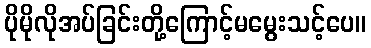
ပိုမိုလိုအပ်ခြင်းတို့ကြောင့်မမွေးသင့်ပေ။